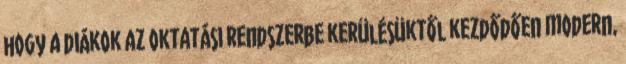
hogy a diákok az oktatási rendszerbe kerülésüktől kezdődően modern,